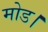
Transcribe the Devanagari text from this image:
मोड।